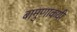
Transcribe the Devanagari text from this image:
बामुणाकयी